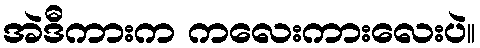
အဲဒီကားက ကလေးကားလေးပဲ။